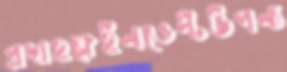
প্রদাহক্লেইনভেল্টউপন্য